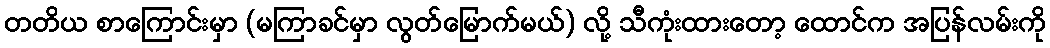
တတိယ စာကြောင်းမှာ (မကြာခင်မှာ လွတ်မြောက်မယ်) လို့ သီကုံးထားတော့ ထောင်က အပြန်လမ်းကို